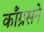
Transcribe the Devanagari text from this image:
काँग्रसने